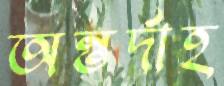
অন্তর্দাহ